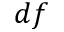
d f